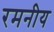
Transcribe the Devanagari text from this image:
रमनीय